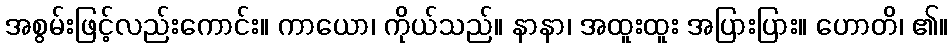
အစွမ်းဖြင့်လည်းကောင်း။ ကာယော၊ ကိုယ်သည်။ နာနာ၊ အထူးထူး အပြားပြား။ ဟောတိ၊ ၏။